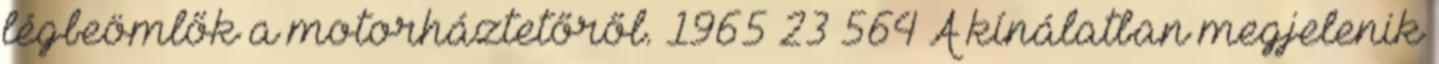
légbeömlők a motorháztetőről. 1965 23 564 A kínálatban megjelenik